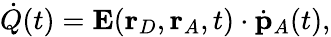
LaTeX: \dot{Q}(t)=\mathbf{E}(\mathbf{r}_{D},\mathbf{r}_{A},t)\cdot\dot{\mathbf{p}}_{A}(t),